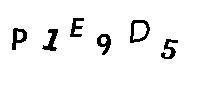
P1E9D5